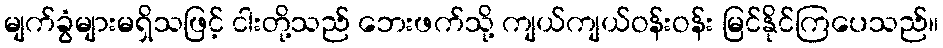
မျက်ခွံများမရှိသဖြင့် ငါးတို့သည် ဘေးဖက်သို့ ကျယ်ကျယ်ဝန်းဝန်း မြင်နိုင်ကြပေသည်။